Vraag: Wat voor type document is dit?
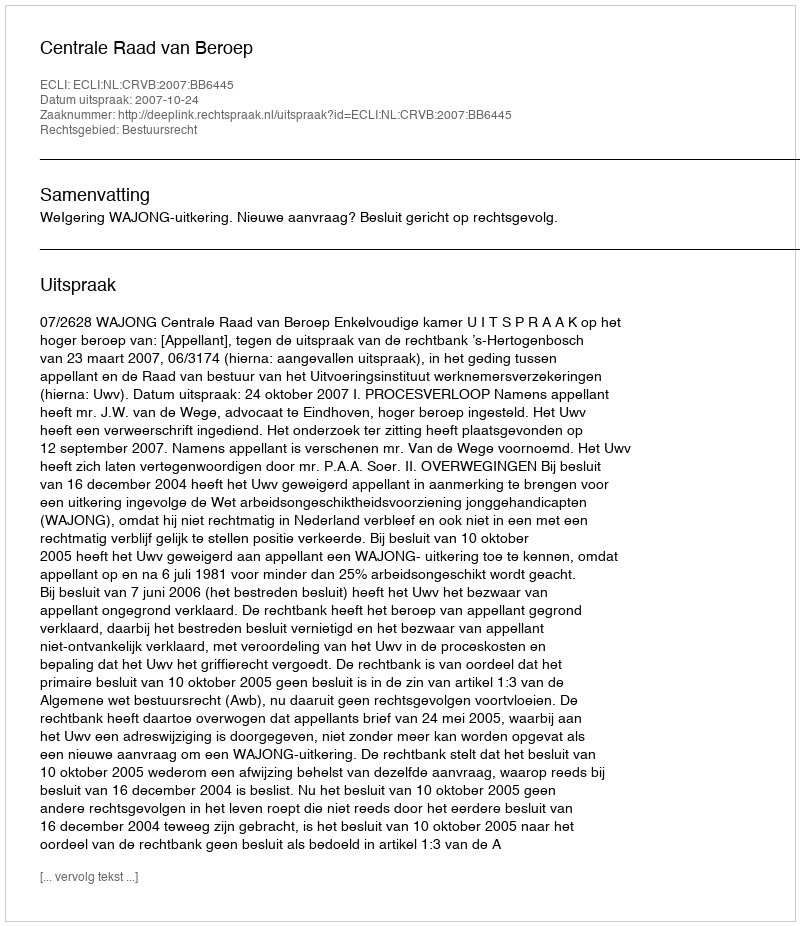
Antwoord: Uitspraak